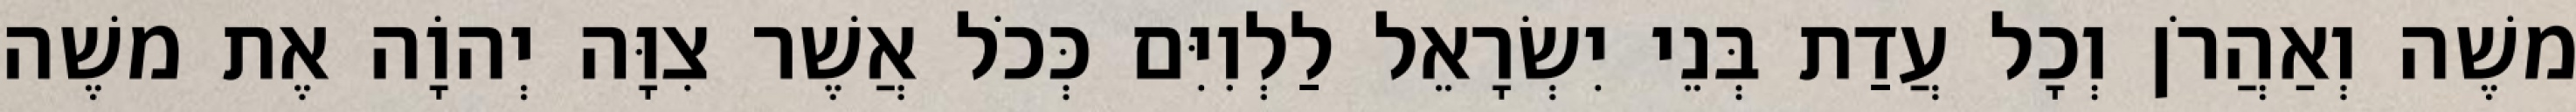
משֶׁה וְאַהֲרֹן וְכָל עֲדַת בְּנֵי יִשְׂרָאֵל לַלְוִיִּם כְּכֹל אֲשֶׁר צִוָּה יְהוָֹה אֶת משֶׁה